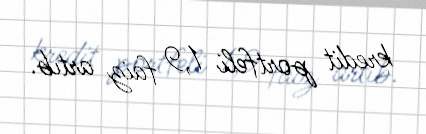
kredit portfeli 1,9 faiz artıb.